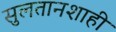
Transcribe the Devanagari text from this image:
सुलतानशाही